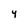
Character: 4